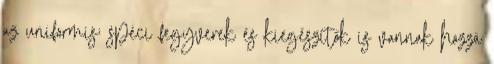
az uniformis; spéci fegyverek és kiegészítők is vannak hozzá